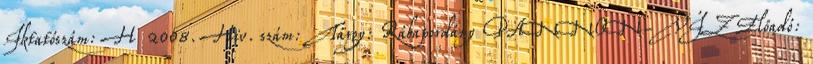
Iktatószám: H 2008. Hiv. szám: Tárgy: Rábapordány PANNON-VÍZ Előadó: